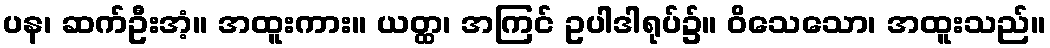
ပန၊ ဆက်ဦးအံ့။ အထူးကား။ ယတ္ထ၊ အကြင် ဥပါဒါရုပ်၌။ ဝိသေသော၊ အထူးသည်။